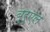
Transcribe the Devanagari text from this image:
ब्रुएल